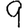
Digit: 9